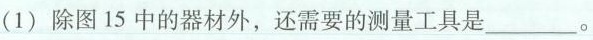
(1) 除图15中的器材外，还需要的测量工具是___。